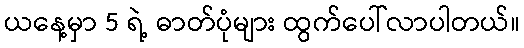
ယနေ့မှာ 5 ရဲ့ ဓာတ်ပုံများ ထွက်ပေါ်လာပါတယ်။